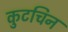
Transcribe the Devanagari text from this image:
कुटचिन